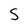
Character: S